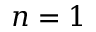
n = 1